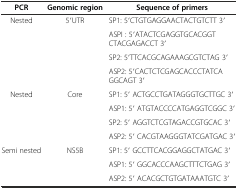
<table><thead><tr><td><b>PCR</b></td><td><b>Genomic region</b></td><td><b>Sequence of primers</b></td></tr></thead><tbody><tr><td rowspan="4">Nested</td><td rowspan="4">5′UTR</td><td>SP1: 5′CTGTGAGGAACTACTGTCTT 3′</td></tr><tr><td>ASPI : 5′ATACTCGAGGTGCACGGTCTACGAGACCT 3′</td></tr><tr><td>SP2: 5′TTCACGCAGAAAGCGTCTAG 3′</td></tr><tr><td>ASP2: 5′CACTCTCGAGCACCCTATCAGGCAGT 3′</td></tr><tr><td rowspan="4">Nested</td><td rowspan="4">Core</td><td>SP1: 5′ ACTGCCTGATAGGGTGCTTGC 3′</td></tr><tr><td>ASP1: 5′ ATGTACCCCATGAGGTCGGC 3′</td></tr><tr><td>SP2: 5′ AGGTCTCGTAGACCGTGCAC 3′</td></tr><tr><td>ASP2: 5′ CACGTAAGGGTATCGATGAC 3′</td></tr><tr><td rowspan="3">Semi nested</td><td rowspan="3">NS5B</td><td>SP1: 5′ GCCTTCACGGAGGCTATGAC 3′</td></tr><tr><td>ASP1: 5′ GGCACCCAAGCTTTCTGAG 3′</td></tr><tr><td>ASP2: 5′ ACACGCTGTGATAAATGTC 3′</td></tr></tbody></table>